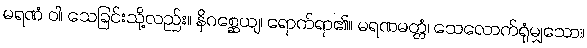
မရဏံ ဝါ၊ သေခြင်းသို့လည်း။ နိဂစ္ဆေယျ၊ ရောက်ရာ၏။ မရဏမတ္တံ၊ သေလောက်ရုံမျှသော။